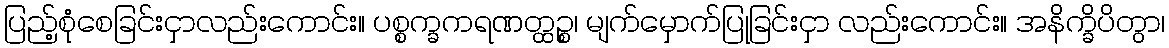
ပြည့်စုံစေခြင်းငှာလည်းကောင်း။ ပစ္စက္ခကရဏတ္ထဉ္စ၊ မျက်မှောက်ပြုခြင်းငှာ လည်းကောင်း။ အနိက္ခိပိတွာ၊